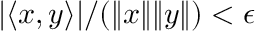
| \langle x , y \rangle | / ( \| x \| \| y \| ) < \epsilon